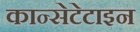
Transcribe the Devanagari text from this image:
कान्सेटेटाइन